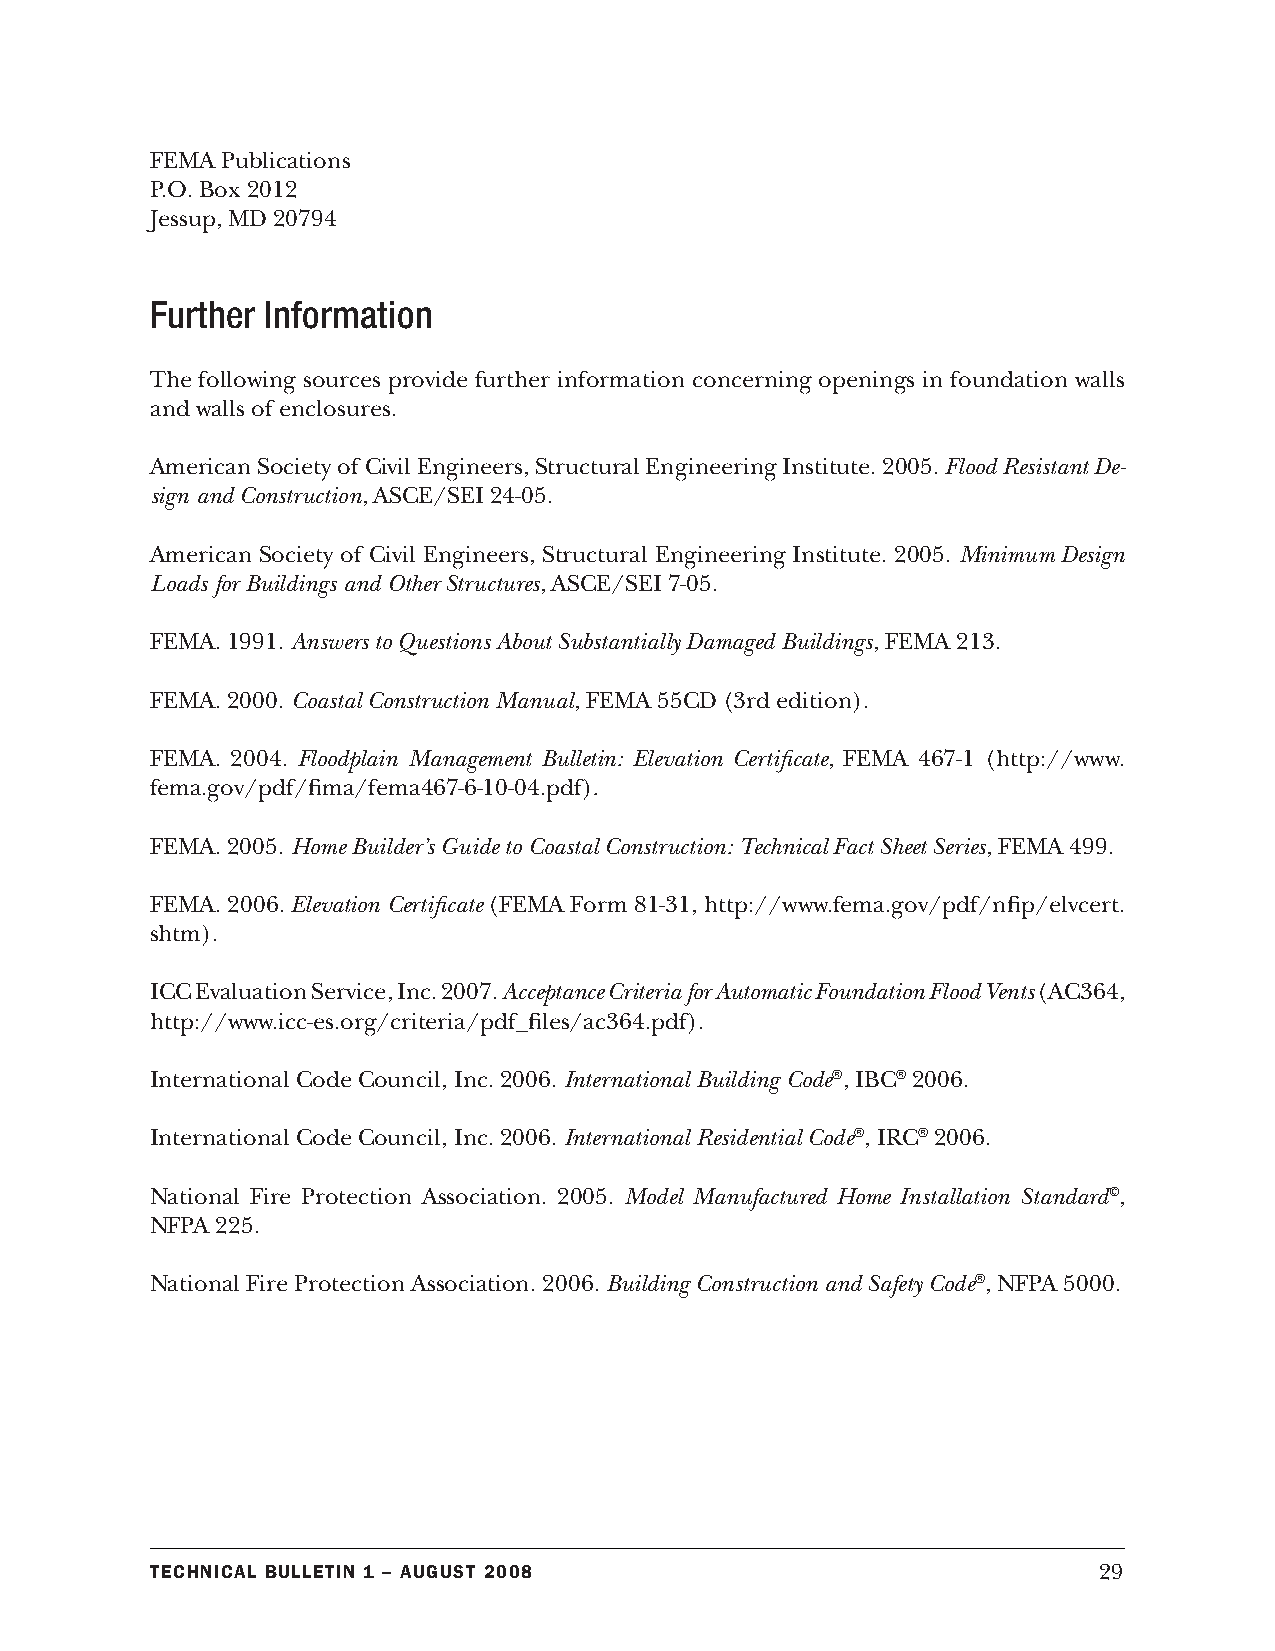
FEMA Publications
 P.O. Box 2012
 Jessup, MD 20794
 Further Information
 The following sources provide further information concerning openings in foundation walls
 and walls of enclosures.
 American Society of Civil Engineers, Structural Engineering Institute. 2005. Flood Resistant De-
 sign and Construction, ASCE/SEI 24-05.
 American Society of Civil Engineers, Structural Engineering Institute. 2005. Minimum Design
 Loads for Buildings and Other Structures, ASCE/SEI 7-05.
 FEMA. 1991. Answers to Questions About Substantially Damaged Buildings, FEMA 213.
 FEMA. 2000. Coastal Construction Manual, FEMA 55CD (3rd edition).
 FEMA. 2004. Floodplain Management Bulletin: Elevation Certificate, FEMA 467-1 (http://www.
 fema.gov/pdf/fima/fema467-6-10-04.pdf).
 FEMA. 2005. Home Builder’s Guide to Coastal Construction: Technical Fact Sheet Series, FEMA 499.
 FEMA. 2006. Elevation Certificate (FEMA Form 81-31, http://www.fema.gov/pdf/nfip/elvcert.
 shtm).
 ICC Evaluation Service, Inc. 2007. Acceptance Criteria for Automatic Foundation Flood Vents (AC364,
 http://www.icc-es.org/criteria/pdf_files/ac364.pdf).
 International Code Council, Inc. 2006. International Building Code®, IBC® 2006.
 International Code Council, Inc. 2006. International Residential Code®, IRC® 2006.
 National Fire Protection Association. 2005. Model Manufactured Home Installation Standard©,
 NFPA 225.
 National Fire Protection Association. 2006. Building Construction and Safety Code®, NFPA 5000.
 Technical BulleTin 1 – augusT 2008                             29